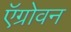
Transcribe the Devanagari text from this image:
ऍग्रोवन